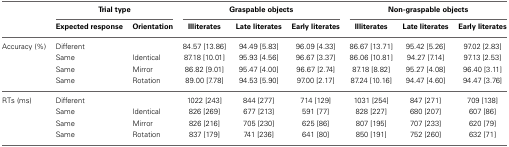
<table><thead><tr><td></td><td colspan="2"><b>Trial type</b></td><td colspan="3"><b>Graspable objects</b></td><td colspan="3"><b>Non-graspable objects</b></td></tr><tr><td></td><td><b>Expected response</b></td><td><b>Orientation</b></td><td><b>Illiterates</b></td><td><b>Late literates</b></td><td><b>Early literates</b></td><td><b>Illiterates</b></td><td><b>Late literates</b></td><td><b>Early literates</b></td></tr></thead><tbody><tr><td>Accuracy (%)</td><td>Different</td><td></td><td>84.57 [13.86]</td><td>94.49 [5.83]</td><td>96.09 [4.33]</td><td>86.67 [13.71]</td><td>95.42 [5.26]</td><td>97.02 [2.83]</td></tr><tr><td></td><td>Same</td><td>Identical</td><td>87.18 [10.01]</td><td>95.93 [4.56]</td><td>96.67 [3.37]</td><td>86.06 [10.81]</td><td>94.27 [7.14]</td><td>97.13 [2.53]</td></tr><tr><td></td><td>Same</td><td>Mirror</td><td>86.82 [9.01]</td><td>95.47 [4.00]</td><td>96.67 [2.74]</td><td>87.18 [8.82]</td><td>95.27 [4.08]</td><td>96.40 [3.11]</td></tr><tr><td></td><td>Same</td><td>Rotation</td><td>89.00 [7.78]</td><td>94.53 [5.90]</td><td>97.00 [2.17]</td><td>87.24 [10.16]</td><td>94.47 [4.60]</td><td>94.47 [3.76]</td></tr><tr><td>RTs (ms)</td><td>Different</td><td></td><td>1022 [243]</td><td>844 [277]</td><td>714 [129]</td><td>1031 [254]</td><td>847 [271]</td><td>709 [138]</td></tr><tr><td></td><td>Same</td><td>Identical</td><td>826 [269]</td><td>677 [213]</td><td>591 [77]</td><td>828 [227]</td><td>680 [207]</td><td>607 [86]</td></tr><tr><td></td><td>Same</td><td>Mirror</td><td>826 [216]</td><td>705 [230]</td><td>625 [86]</td><td>807 [195]</td><td>707 [233]</td><td>620 [79]</td></tr><tr><td></td><td>Same</td><td>Rotation</td><td>837 [179]</td><td>741 [236]</td><td>641 [80]</td><td>850 [191]</td><td>752 [260]</td><td>632 [71]</td></tr></tbody></table>